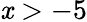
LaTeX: \mathit{x}>-5